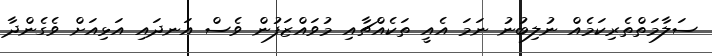
ސަލާމަތްތެރިކަމެއް ނުލިބުނު ނަމަ އެއީ ތަކެއްޗާއި މުވައްޒަފުން ވެސް އަނދައި އަޅިއަށް ވެގެންދާ